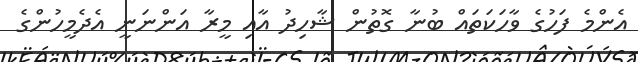
އެންމެ ފަހުގެ ވާހަކަތައް ބުނާ ގޮތުން ޝާހިދު އާއި މީރާ އަންނަނީ އެދެމީހުންގެ